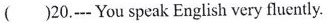
()20.---You speak English very fluently.